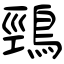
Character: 鵛